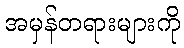
အမှန်တရားများကို